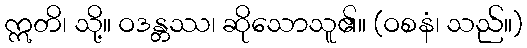
ဣတိ၊ သို့။ ဝဒန္တဿ၊ ဆိုသောသူ၏။ (ဝစနံ၊ သည်။)